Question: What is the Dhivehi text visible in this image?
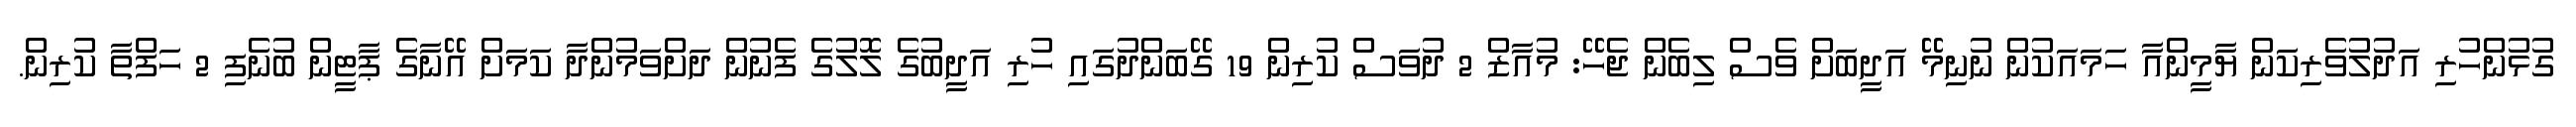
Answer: ގުޅުންހުރި އަދުލުވެރިކަން ޔާމީންއާ ހަމައަކުން ނުނިމޭ އަދީބަށް ވެސް ލިބެން ޖެހޭ: މުއާޒް 2 ދުވަސް ކުރިން 19 ގޭބަންދުގައި ހުރި އަދީބުގެ ލޮލުގެ ފެނުން ދަށްވަމުންދާ ކަމަށް އޭނާގެ ޕާޓީން ބުނެފި 2 ހަފްތާ ކުރިން.